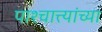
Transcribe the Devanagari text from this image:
पाश्चात्त्यांच्या